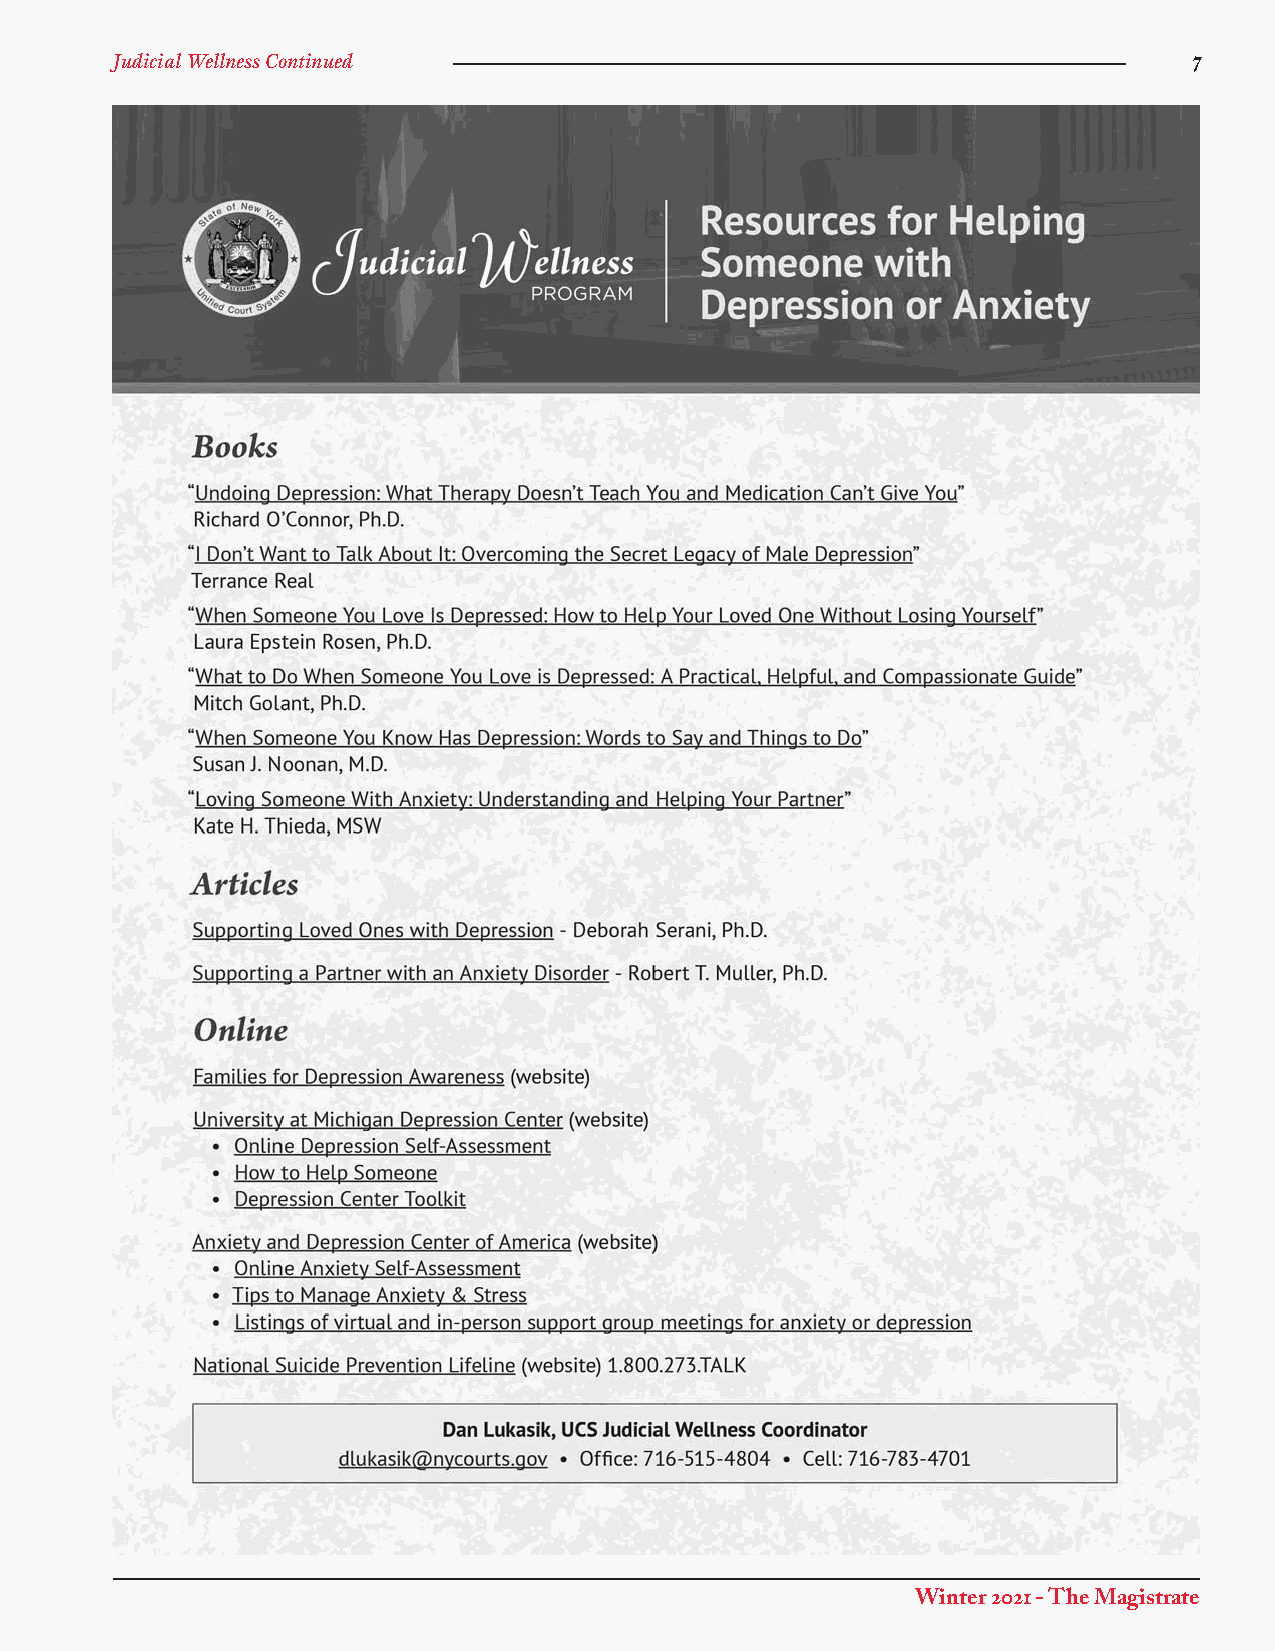
Judicial Wellness Continued                                             7
 Winter 2021 - The Magistrate